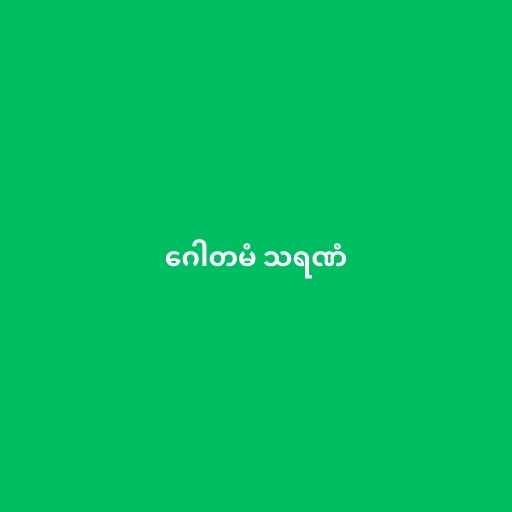
ဂေါတမံ သရဏံ